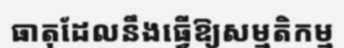
ធាតុដែលនឹងធ្វើឱ្យសម្មតិកម្ម